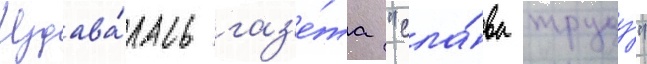
Издава́лась газ'е́та "сла́ва труду́"